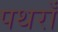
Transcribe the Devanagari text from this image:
पथराँ